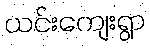
ယင်းကျေးရွာ